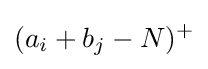
(a_{i}+b_{j}-N)^{+}